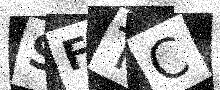
Text: SFTC